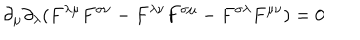
\partial _ { \mu } \partial _ { \lambda } ( F ^ { \lambda \mu } F ^ { \sigma \nu } - F ^ { \lambda \nu } F ^ { \sigma \mu } - F ^ { \sigma \lambda } F ^ { \mu \nu } ) = 0